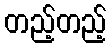
တည့်တည့်